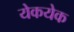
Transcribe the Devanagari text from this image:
येकयेक